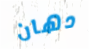
دهان